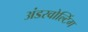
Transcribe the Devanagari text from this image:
अंडरवोल्टिंग